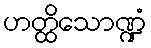
ဟတ္ထိသောဏ္ဍံ